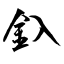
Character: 釞